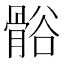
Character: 𬴒